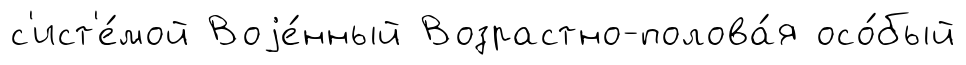
с'ист'е́мой Воjе́нный Возрастно-полова́я осо́бый